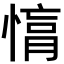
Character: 𢟚